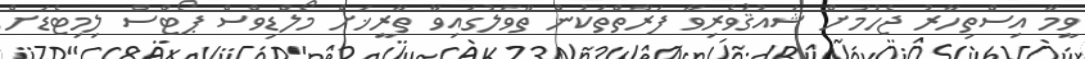
ވީމާ އިސްތިހާރު ޖެހުމަށް ޝައުޤުވެރިވާ ފަރާތްތަކުން ތާވަލުގައިވާ ތާރީޚަށް މޯލްޑިވްސް ޕޯޓްސް ލިމިޓެޑަށް